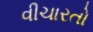
વીચારતો